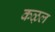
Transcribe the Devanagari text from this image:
कऴल